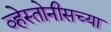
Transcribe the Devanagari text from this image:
व्हेस्तोनीसच्या